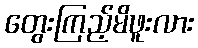
တွေးကြည့်မိဖူးလား